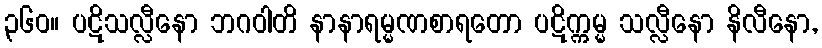
၃၆၀။ ပဋိသလ္လီနော ဘဂဝါတိ နာနာရမ္မဏစာရတော ပဋိက္ကမ္မ သလ္လီနော နိလီနော,